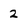
Character: 2